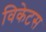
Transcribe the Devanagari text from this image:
विकेटस